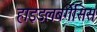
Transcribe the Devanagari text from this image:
हाइडलबर्गेसिस